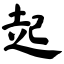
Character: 起